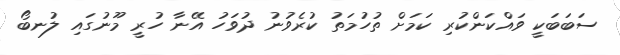
ސަބަބަކީ ވައްކަންކުރި ކަމަށް ތުހުމަތު ކުރެވުނު ދުވަހު އޭނާ ހުރީ މޫނުގައި ލުނބޯ